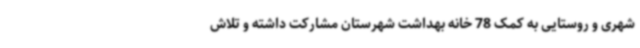
شهری و روستایی به کمک 78 خانه بهداشت شهرستان مشارکت داشته و تلاش